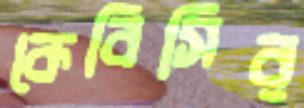
কেবিসির